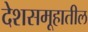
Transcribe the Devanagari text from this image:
देशसमूहातील